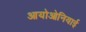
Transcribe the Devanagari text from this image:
आयोओनियाई